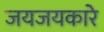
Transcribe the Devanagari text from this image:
जयजयकारे